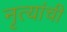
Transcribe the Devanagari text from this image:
नृत्यांची